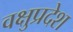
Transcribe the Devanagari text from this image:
वक्षुप्रदेश